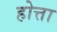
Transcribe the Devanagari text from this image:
होत्ता